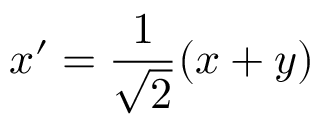
x ^ { \prime } = \frac { 1 } { \sqrt { 2 } } ( x + y )